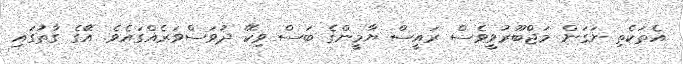
އެތަކެތި ނަގަން މަޖްބޫރުވީވެސް ރައީސް ޔާމީންގެ ބަސް ވިކޭ ދުވަސްވަރެއްގައެވެ. އޭގެ ގާތުގައި